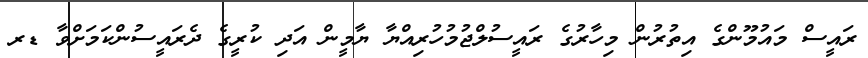
ރައީސް މައުމޫންގެ އިތުރުން މިހާރުގެ ރައީސުލްޖުމުހުރިއްޔާ ޔާމީން އަދި ކުރީގެ ދެރައީސުންކަމަށްވާ ޑރ